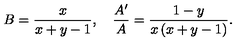
B = \frac { x } { x + y - 1 } , \quad \frac { A ^ { \prime } } { A } = \frac { 1 - y } { x \left( x + y - 1 \right) } .